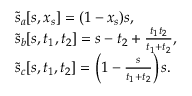
\begin{array} { r l r } & { \tilde { s } _ { a } [ s , x _ { s } ] = ( 1 - x _ { s } ) s , } & \\ & { \tilde { s } _ { b } [ s , t _ { 1 } , t _ { 2 } ] = s - t _ { 2 } + \frac { t _ { 1 } t _ { 2 } } { t _ { 1 } + t _ { 2 } } , } & \\ & { \tilde { s } _ { c } [ s , t _ { 1 } , t _ { 2 } ] = \left( 1 - \frac { s } { t _ { 1 } + t _ { 2 } } \right) s . } & \end{array}